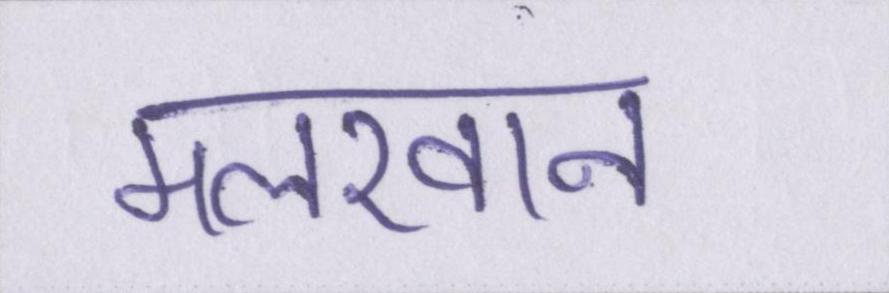
मलखान